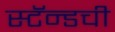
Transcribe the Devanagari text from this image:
स्टॅन्डची